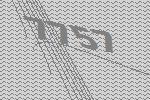
7757